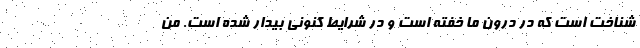
شناخت است که در درون ما خفته است و در شرایط کنونی بیدار شده است. من